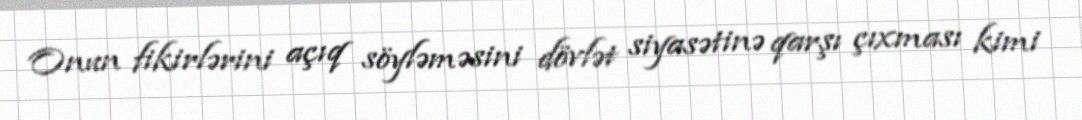
Onun fikirlərini açıq söyləməsini dövlət siyasətinə qarşı çıxması kimi